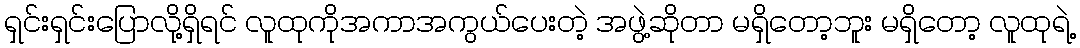
ရှင်းရှင်းပြောလို့ရှိရင် လူထုကိုအကာအကွယ်ပေးတဲ့ အဖွဲ့ဆိုတာ မရှိတော့ဘူး မရှိတော့ လူထုရဲ့